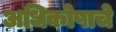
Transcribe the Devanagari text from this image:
अधिकोषाचे